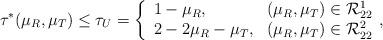
LaTeX: \begin{align*}\tau^*(\mu_R,\mu_T)\le\tau_U=\left\{\begin{array}{ll}1-\mu_R, & (\mu_R,\mu_T)\in \mathcal{R}^1_{22}\\2-2\mu_R-\mu_T, & (\mu_R,\mu_T)\in \mathcal{R}^2_{22}\end{array},\right.\end{align*}